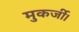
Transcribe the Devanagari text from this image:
मुकर्जी।